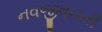
નવજીવનની